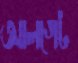
আলগেট